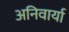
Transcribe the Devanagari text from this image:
अनिवार्या